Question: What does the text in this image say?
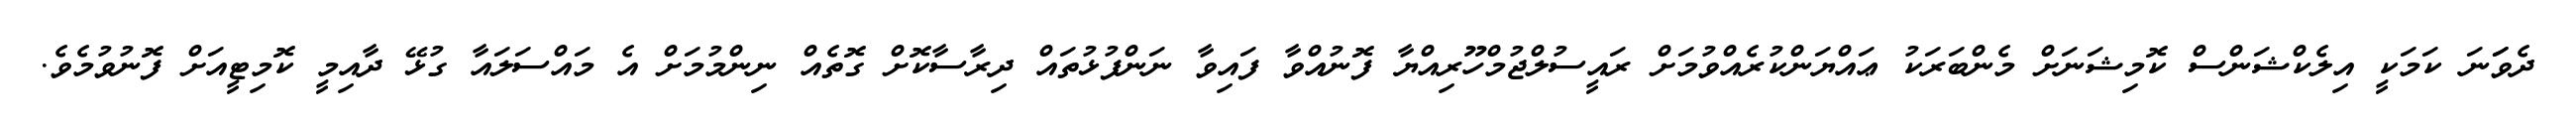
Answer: ދެވަަނަ ކަމަކީ އިލެކްޝަންސް ކޮމިޝަނަށް މެންބަރަކު ޢައްޔަންކުރެއްވުމަށް ރައީސުލްޖުމްހޫރިއްޔާ ފޮނުއްވާ ފައިވާ ނަންފުޅުތައް ދިރާސާކޮށް ގޮތެއް ނިންމުމަށް އެ މައްސަލައާ ގުޅޭ ދާއިމީ ކޮމިޓީއަށް ފޮނުވުމެވެ.